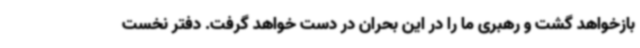
بازخواهد گشت و رهبری ما را در این بحران در دست خواهد گرفت. دفتر نخست